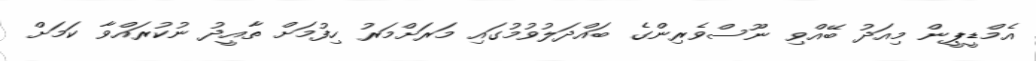
އެމްޑީޕީން މިއަދު ބޭއްވި ނޫސްވެރިންގެ ބައްދަލުވުމުގައި މަރަށްމަރު ހިފުމަށް ތާއީދު ނުކުރައްވާ ކަމަށް